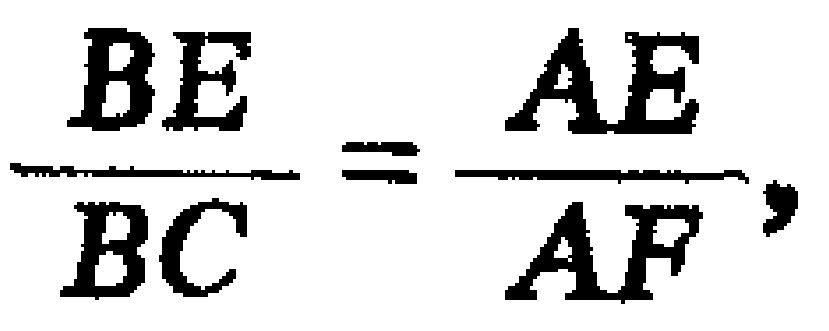
$\frac{BE}{BC}=\frac{AE}{AF},$